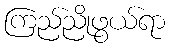
ကြည်ညိုဖွယ်ရာ